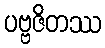
ပဗ္ဗဇိတဿ